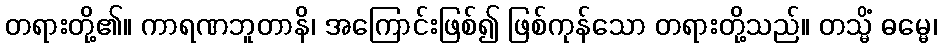
တရားတို့၏။ ကာရဏဘူတာနိ၊ အကြောင်းဖြစ်၍ ဖြစ်ကုန်သော တရားတို့သည်။ တသ္မိံ ဓမ္မေ၊